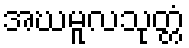
အဃမူလသုတ္တံ